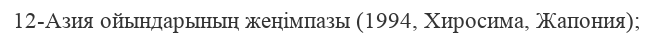
12-Азия ойындарының жеңімпазы (1994, Хиросима, Жапония);